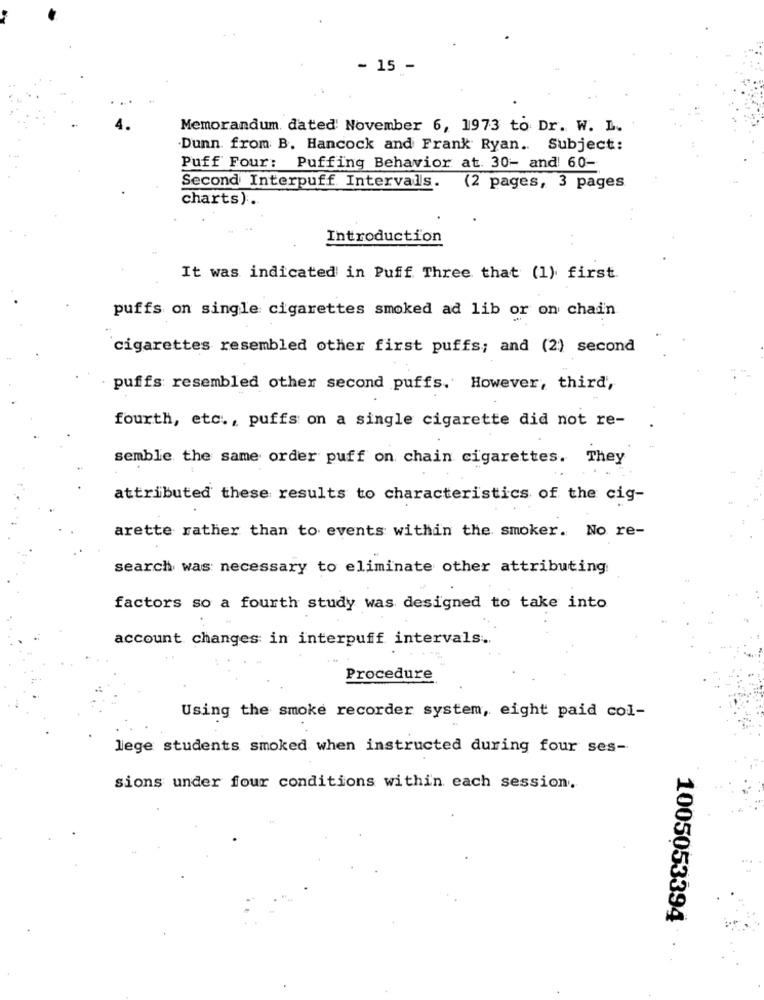
- 15 -
Memorandum dated' November 6, 1973 to Dr. W. L.
Dunn. from B. Hancock and Frank Ryan. Subject:
Puff Four: Puffing Behavior at. 30- and 60-
Second Interpuff Intervals.
(2 pages, 3 pages
charts).
Introduction
It was indicated in Puff Three that (1) first.
puffs on single cigarettes smoked ad lib or on chain
cigarettes resembled other first puffs; and (2) second
puffs resembled other second puffs. However, third,
fourth, etc ., puffs on a single cigarette did not re-
semble the same order puff on chain cigarettes. They
attributed these results to characteristics of the cig-
arette rather than to events within the smoker. No re-
search was necessary to eliminate other attributing
factors so a fourth study was designed to take into
account changes in interpuff intervals.
Procedure
Using the smoke recorder system, eight paid col-
lege students smoked when instructed during four ses-
sions under four conditions within each session.
1005053394